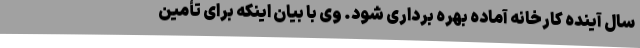
سال آینده کارخانه آماده بهره برداری شود. وی با بیان اینکه برای تأمین